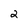
Character: 2